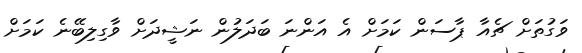
ވަގުތަށް ޗެއާ ޕާސަން ކަމަށް އެ އަންނަ ބަދަލުން ނަޝީދަށް ވާގިލިބޭނެ ކަމަށް